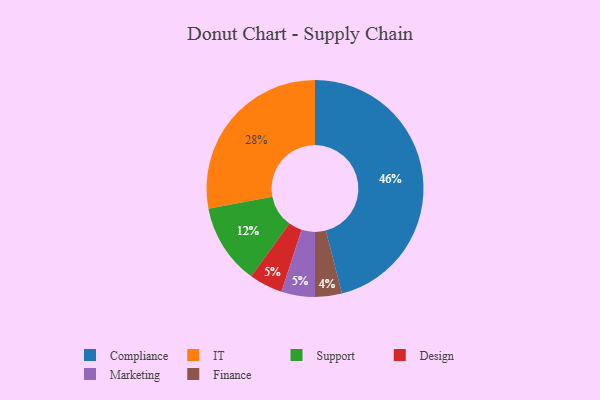
{"axis": {"x": "Category", "y": "Percentage"}, "legend": ["Compliance", "Design", "Finance", "IT", "Marketing", "Support"], "data": [{"x": "Design", "y": 5, "type": "Design"}, {"x": "Finance", "y": 4, "type": "Finance"}, {"x": "Marketing", "y": 5, "type": "Marketing"}, {"x": "IT", "y": 28, "type": "IT"}, {"x": "Compliance", "y": 46, "type": "Compliance"}, {"x": "Support", "y": 12, "type": "Support"}]}